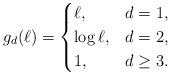
LaTeX: \begin{align*}g_d (\ell) = \begin{cases}\ell, &d=1,\\\log \ell, &d=2,\\1, &d \geq 3.\end{cases}\end{align*}